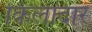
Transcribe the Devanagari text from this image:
किलादार